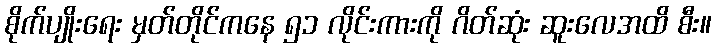
စိုက်ပျိုးရေး မှတ်တိုင်ကနေ ၅၁ လိုင်းကားကို ဂိတ်ဆုံး ဆူးလေအထိ စီး။